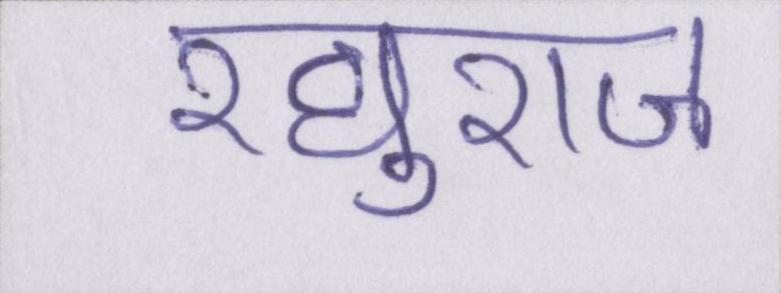
रघुराज